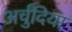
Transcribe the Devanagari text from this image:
अर्चुंदिया